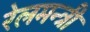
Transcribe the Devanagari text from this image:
रेलमन्त्री